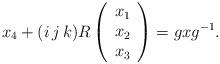
LaTeX: \begin{align*}x_4+(i\,j\,k)R\left(\begin{array}{c}x_1\\x_2\\x_3\end{array}\right)=gxg^{-1}.\end{align*}